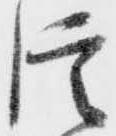
信